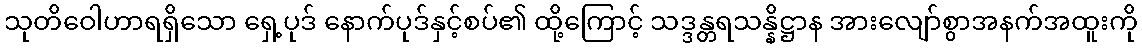
သုတိဝေါဟာရရှိသော ရှေ့ပုဒ် နောက်ပုဒ်နှင့်စပ်၏ ထို့ကြောင့် သဒ္ဒန္တရသန္နိဋ္ဌာန အားလျော်စွာအနက်အထူးကို